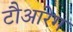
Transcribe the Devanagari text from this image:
टौआरेग